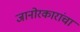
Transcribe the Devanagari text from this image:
जानोरकारांचा